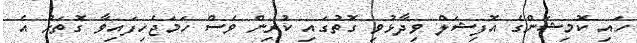
ހައި ކޮމިޝަންގެ އޮފިޝަލް ވިދާޅުވި ގޮތުގައި ކުރިން ވެސް ހަމަޖެހިފައިވާ ގޮތަށް އެ